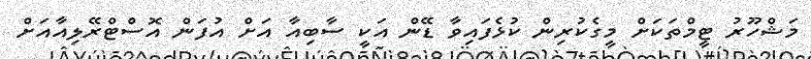
މަޝްހޫރު ޓީމްތަކަށް މީގެކުރިން ކުޅެފައިވާ ޑޭން އަކީ ސާބިއާ އަށް އުފަން އޮސްޓްރޭލިއާއަށް